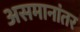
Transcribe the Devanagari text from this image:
असमानांतर